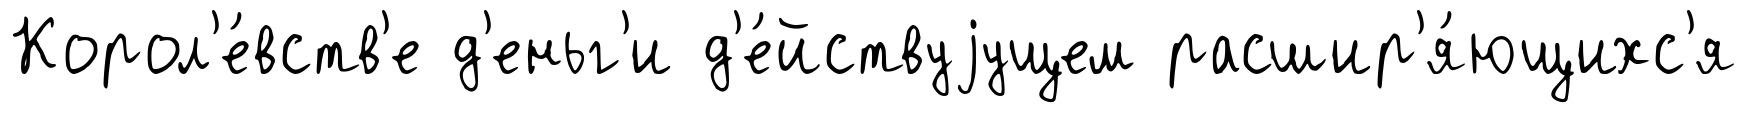
Корол'е́вств'е д'еньг'и д'е́йствуjущем расшир'я́ющихс'я